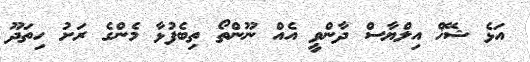
އަޅެ ޝޭޚް އިލްޔާސް ދާންވީ އެއް ނޫންތޯ ތިބެފުޅާ މެންގެ ރަށު ހިތަދޫ